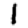
Digit: 1